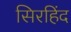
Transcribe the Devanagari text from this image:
सिरहिंद